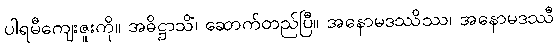
ပါရမီကျေးဇူးကို။ အဓိဋ္ဌာသိံ၊ ဆောက်တည်ပြီ။ အနောမဒဿိဿ၊ အနောမဒဿီ